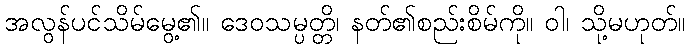
အလွန်ပင်သိမ်မွေ့၏။ ဒေဝသမ္ပတ္တိ၊ နတ်၏စည်းစိမ်ကို။ ဝါ၊ သို့မဟုတ်။